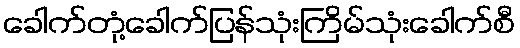
ခေါက်တုံ့ခေါက်ပြန်သုံးကြိမ်သုံးခေါက်စီ